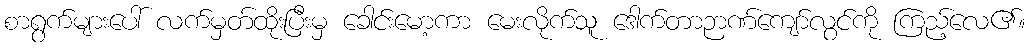
စာရွက်များပေါ် လက်မှတ်ထိုးပြီးမှ ခေါင်းမော့ကာ မေးလိုက်သူ ဒေါက်တာဉာဏ်ကျော်လွင်ကို ကြည့်လေ၏။